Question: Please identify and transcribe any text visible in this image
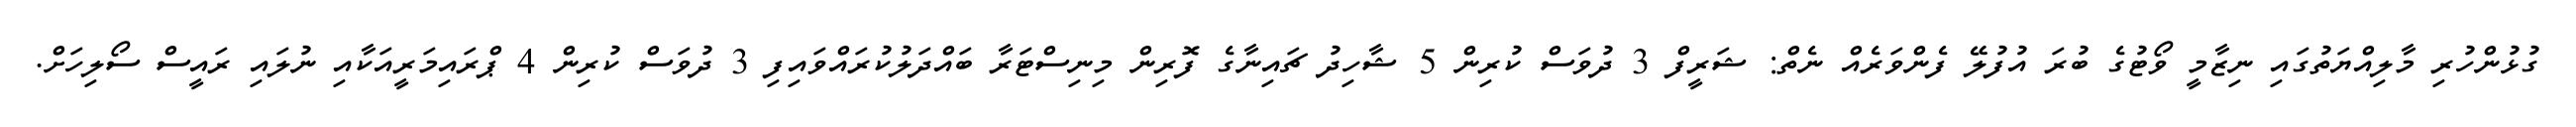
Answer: ގުޅުންހުރި މާލިއްޔަތުގައި ނިޒާމީ ވޯޓުގެ ބުރަ އުފުލޭ ފެންވަރެއް ނެތް: ޝަރީފް 3 ދުވަސް ކުރިން 5 ޝާހިދު ޗައިނާގެ ފޮރިން މިނިސްޓަރާ ބައްދަލުކުރައްވައިފި 3 ދުވަސް ކުރިން 4 ޕްރައިމަރީއަކާއި ނުލައި ރައީސް ސޯލިހަށް.